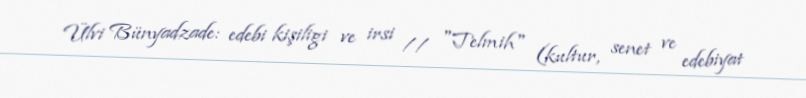
Ülvi Bünyadzade: edebi kişiligi ve irsi // "Telmih" (kultur, senet ve edebiyat